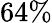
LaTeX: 64\%